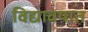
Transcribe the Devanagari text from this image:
विद्यावयात